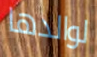
لوالدها